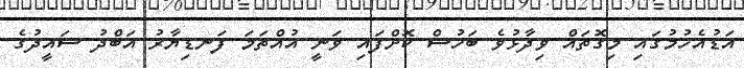
އަޑުއެހުމުގައި މިގޮތައް ވިދާޅުވެ ބަހުސް ކޮށްފައި ވަނީ އުއްތަމަ ފަނޑިޔާރު އަބްދު ސައީދުގެ